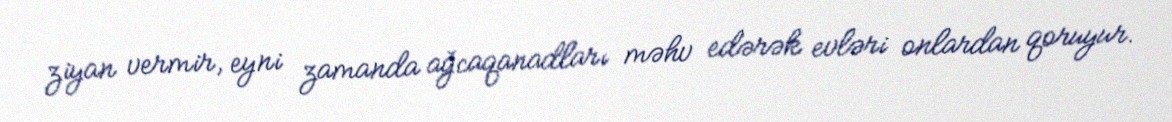
ziyan vermir, eyni zamanda ağcaqanadları məhv edərək evləri onlardan qoruyur.